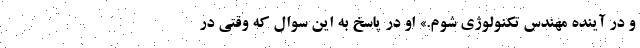
و در آینده مهندس تکنولوژی شوم.» او در پاسخ به این سوال که وقتی در